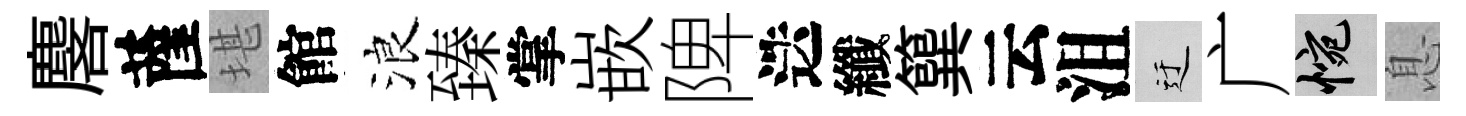
麐薩堪館浪臻掌嵌陴迭纖簨云沮迂广惋息